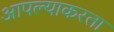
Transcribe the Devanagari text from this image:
आपल्याकरता